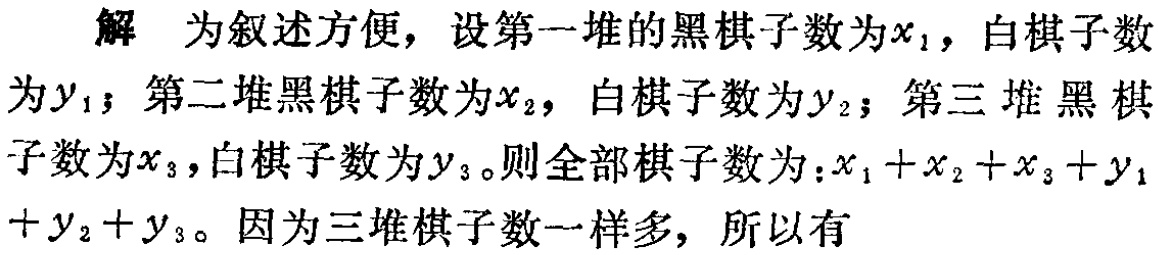
解 为叙述方便，设第一堆的黑棋子数为\(x_{1}\)，白棋子数为\(y_{1}\)；第二堆黑棋子数为\(x_{2}\)，白棋子数为\(y_{2}\)；第三堆黑棋子数为\(x_{3}\)，白棋子数为\(y_{3}\)。则全部棋子数为：\(x_{1}+x_{2}+x_{3}+y_{1}+y_{2}+y_{3}\)。因为三堆棋子数一样多，所以有